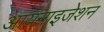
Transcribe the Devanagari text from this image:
आयनाइजेशन